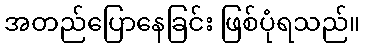
အတည်ပြောနေခြင်း ဖြစ်ပုံရသည်။